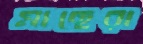
মাছেরা